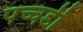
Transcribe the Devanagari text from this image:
पच्चडी